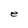
Character: e